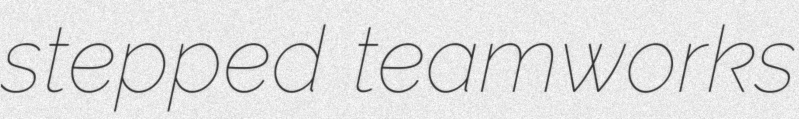
stepped teamworks